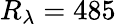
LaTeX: R_{\lambda}=485